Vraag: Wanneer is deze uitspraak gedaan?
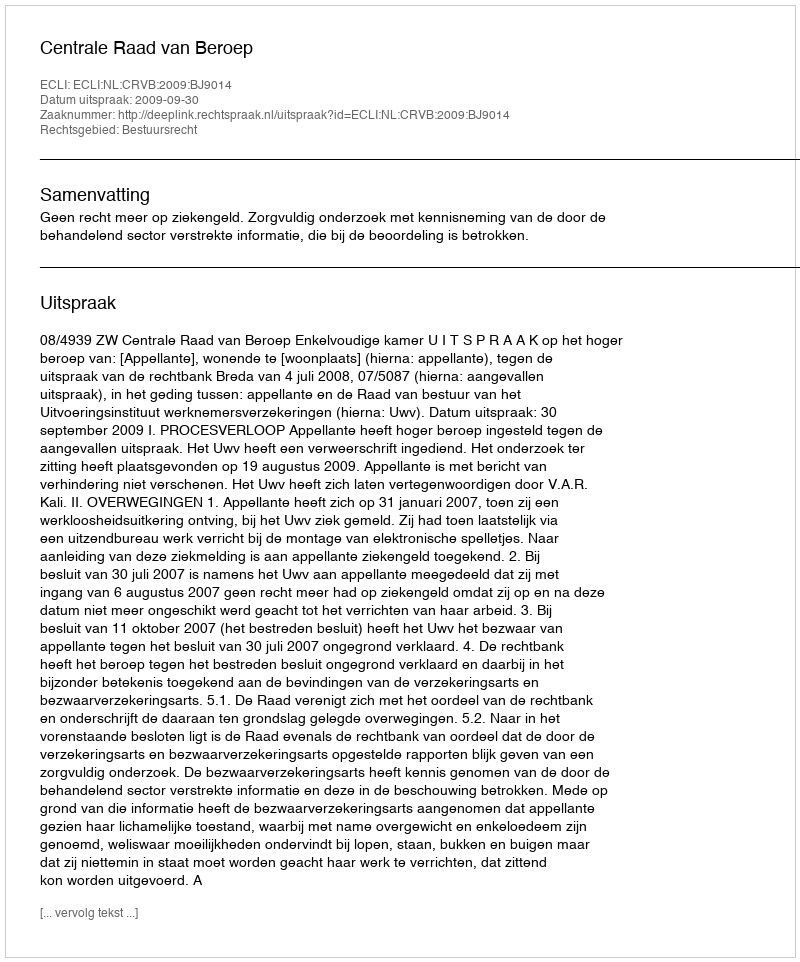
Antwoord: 2009-09-30